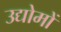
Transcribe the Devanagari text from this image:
उद्योमों